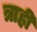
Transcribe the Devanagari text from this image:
त्राही